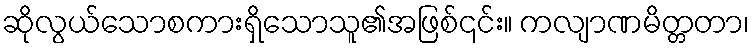
ဆိုလွယ်သောစကားရှိသောသူ၏အဖြစ်၎င်း။ ကလျာဏမိတ္တတာ၊